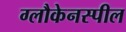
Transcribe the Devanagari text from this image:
ग्लौकेनस्पील